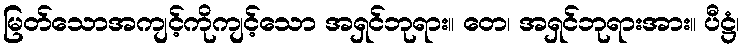
မြတ်သောအကျင့်ကိုကျင့်သော အရှင်ဘုရား။ တေ၊ အရှင်ဘုရားအား။ ပီဋ္ဌံ၊